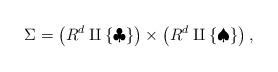
LaTeX: \begin{align*}\Sigma = \left(R^{d} \amalg \{\clubsuit\}\right) \times \left(R^{d} \amalg \{\spadesuit\}\right),\end{align*}